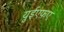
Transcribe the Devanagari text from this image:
युईएफ़ए